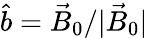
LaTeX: \hat{b}=\vec{B}_{0}/|\vec{B}_{0}|